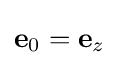
\mathbf {e} _{0}=\mathbf {e} _{z}